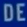
DEE